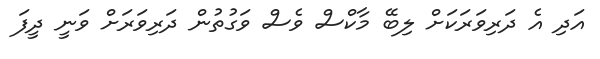
އަދި އެ ދަރިވަރަކަށް ލިބޭ މާކްސް ވެސް ވަގުތުން ދަރިވަރަށް ވަނީ ދީފަ